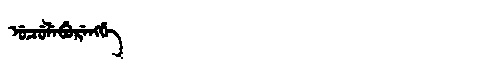
Manchu: ᡠᠴᡠᠯᡝᠪᡠᡵᡝᠩᡤᡝ
Romanization: UCULEBURENGGE